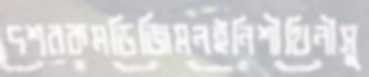
দশরকমডিজিমনইনিশীথিনীসু